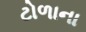
ટોળાના